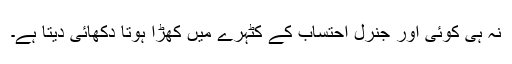
نہ ہی کوئی اور جنرل احتساب کے کٹہرے میں کھڑا ہوتا دکھائی دیتا ہے۔